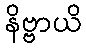
နိဗ္ဗာယိ